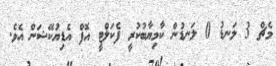
މެޗް 3 ލަނޑު 0 ލަނޑުން ކާމިޔާބުކުރީ ފެކަލްޓީ އޮފް އެޑިިޔުކޭޝަން އެވެ.